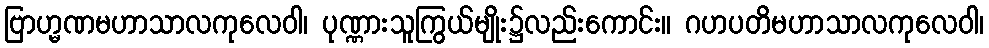
ဗြာဟ္မဏမဟာသာလကုလေဝါ၊ ပုဏ္ဏားသူကြွယ်မျိုး၌လည်းကောင်း။ ဂဟပတိမဟာသာလကုလေဝါ၊